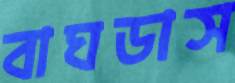
বাঘডাস